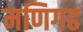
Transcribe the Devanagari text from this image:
मणिगढ